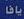
يافا